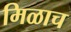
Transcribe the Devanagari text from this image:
मिळाच